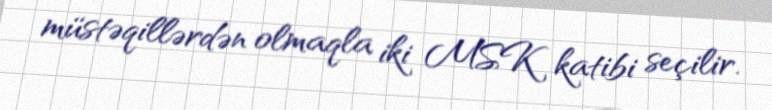
müstəqillərdən olmaqla iki MSK katibi seçilir.